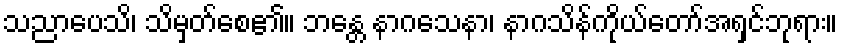
သညာပေသိ၊ သိမှတ်စေ၏။ ဘန္တေ နာဂသေနာ၊ နာဂသိန်ကိုယ်တော်အရှင်ဘုရား။